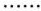
……